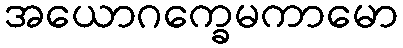
အယောဂက္ခေမကာမော